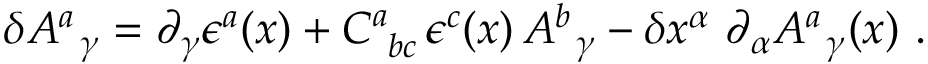
\delta A _ { \, \ \gamma } ^ { a } = \partial _ { \gamma } \epsilon ^ { a } ( x ) + C _ { \ b c } ^ { a } \, \epsilon ^ { c } ( x ) \, A _ { \, \ \gamma } ^ { b } - \delta x ^ { \alpha } \ \partial _ { \alpha } A _ { \, \ \gamma } ^ { a } ( x ) \ .